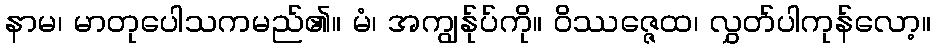
နာမ၊ မာတုပေါသကမည်၏။ မံ၊ အကျွန်ုပ်ကို။ ဝိဿဇ္ဇေထ၊ လွှတ်ပါကုန်လော့။